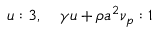
u : 3 , \quad \gamma u + \rho a ^ { 2 } \nu _ { p } : 1